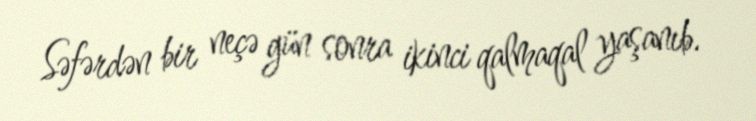
Səfərdən bir neçə gün sonra ikinci qalmaqal yaşanıb.